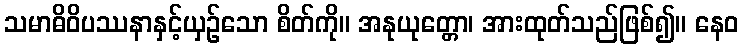
သမာဓိဝိပဿနာနှင့်ယှဉ်သော စိတ်ကို။ အနုယုတ္တော၊ အားထုတ်သည်ဖြစ်၍။ နေဝ